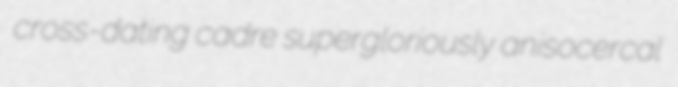
cross-dating cadre supergloriously anisocercal